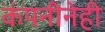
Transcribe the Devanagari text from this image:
कंपनीनेही